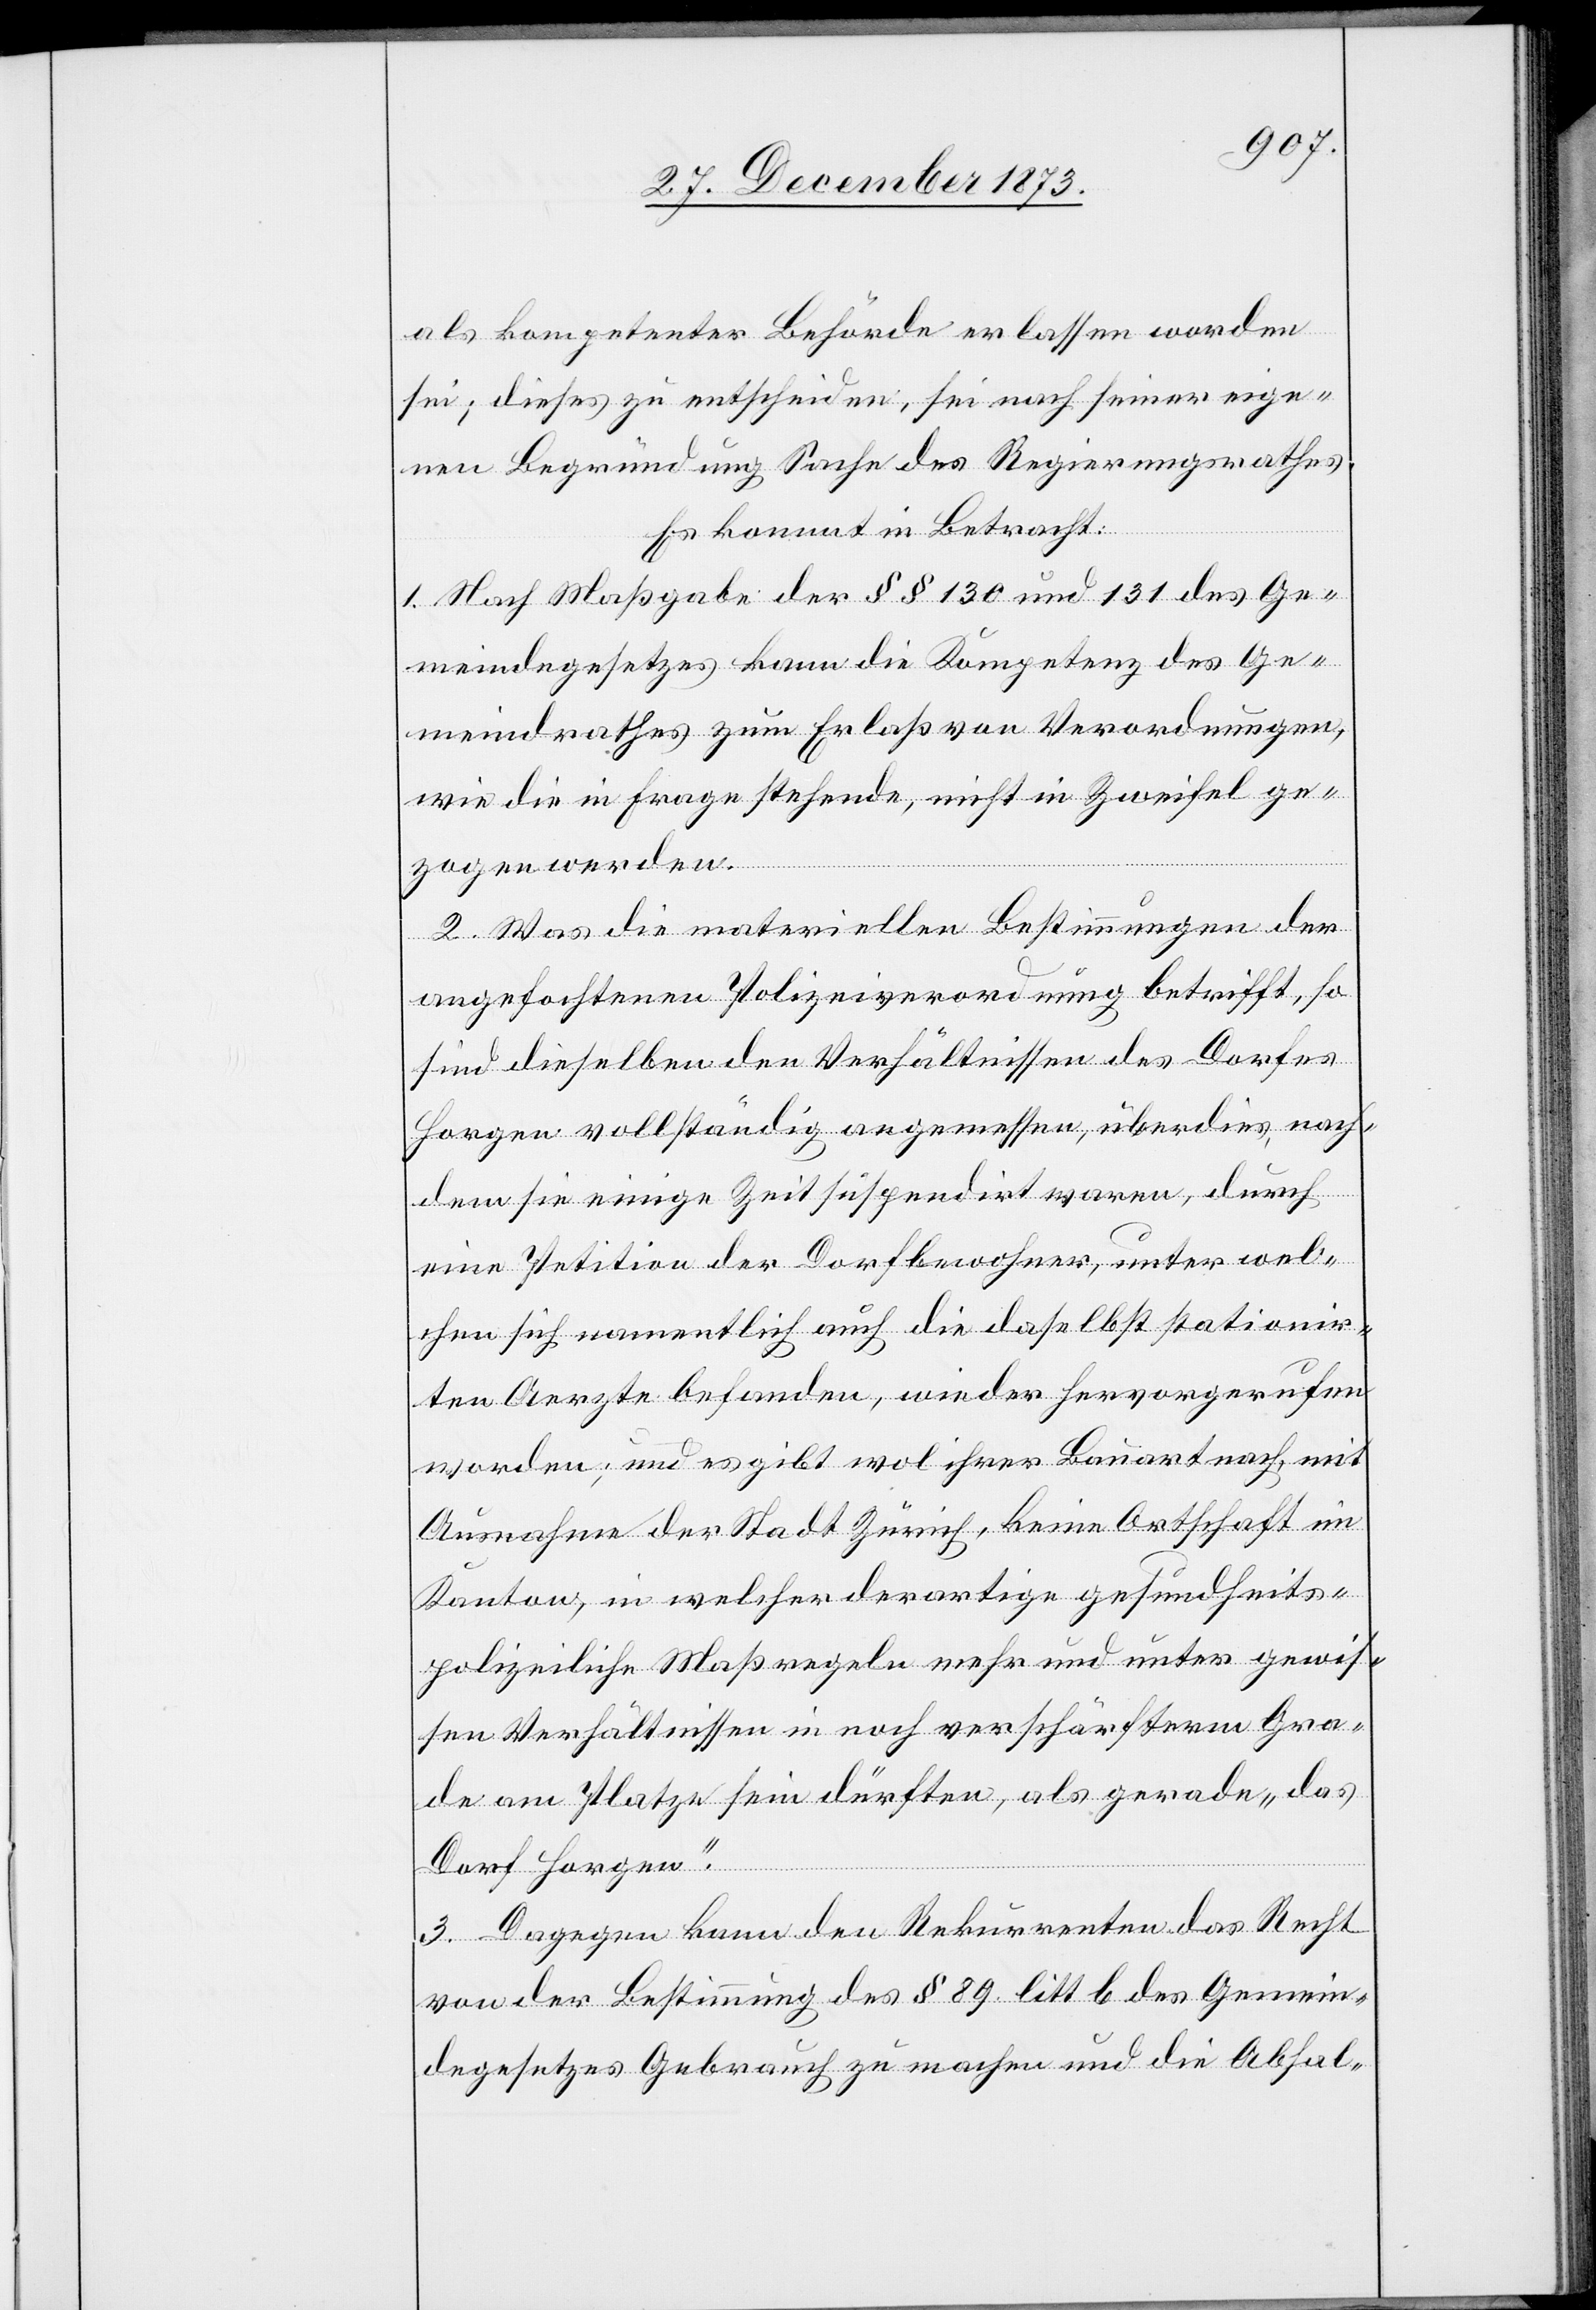
als kompetenter Behörde erlassen worden
sei; dieses zu entscheiden, sei nach seiner eige¬
nen Begründung Sache des Regierungsrathes.
Es kommt in Betracht:
1. Nach Maßgabe der §§ 130 und 131 des Ge¬
meindegesetzes kann die Kompetenz des Ge¬
meindrathes zum Erlaß von Verordnungen,
wie die in Frage stehende, nicht in Zweifel ge¬
zogen werden.
2. Was die materiellen Bestimmungen der
angefochtenen Polizeiverordnung betrifft, so
sind dieselben den Verhältnissen des Dorfes
Horgen vollständig angemessen, überdies, nach¬
dem sie einige Zeit suspendirt waren, durch
eine Petition der Dorfbewohner, unter wel¬
chen sich namentlich auch die daselbst stationir¬
ten Aerzte befanden, wieder hervorgerufen
worden; und es gibt wol ihrer Bauart nach, mit
Ausnahme der Stadt Zürich, keine Ortschaft im
Kanton, in welcher derartige gesundheits¬
polizeiliche Maßregeln mehr und unter gewis¬
sen Verhältnissen in noch verschärfterm Gra¬
de am Platze sein dürften, als gerade „das
Dorf Horgen“.
3. Dagegen kann den Rekurrenten das Recht
von der Bestimmung des § 89 litt b des Gemein¬
degesetzes Gebrauch zu machen und die Abhal-